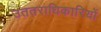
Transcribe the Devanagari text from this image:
उततराधिकारियों